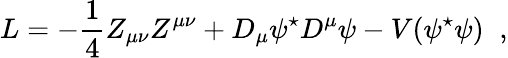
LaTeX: L=-\frac{1}{4}Z_{\mu\nu}Z^{\mu\nu}+D_{\mu}\psi^{\star}D^{\mu}\psi-V(\psi^{\star}\psi)\; \; ,